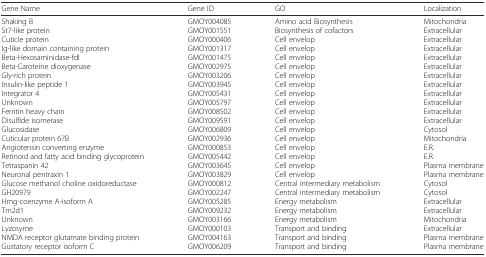
<table><thead><tr><td><b>Gene Name</b></td><td><b>Gene ID</b></td><td><b>GO</b></td><td><b>Localization</b></td></tr></thead><tbody><tr><td>Shaking BSt7-like proteinCuticle proteinIg-like domain containing proteinBeta-Hexosaminidase-fdIBeta-Caroteine dioxygenaseGly-rich proteinInsulin-like peptide 1Integrator 4UnknownFerritin heavy chainDisulfide isomeraseGlucosidaseCuticular protein 67BAngiotensin converting enzymeRetinoid and fatty acid binding glycoproteinTetraspanin 42Neuronal pentraxin 1Glucose methanol choline oxidoreductaseGH20979Hmg-coenzyme A-isoform ATm2d1UnknownLyzosymeNMDA receptor glutamate binding proteinGustatory receptor isoform C</td><td>GMOY004085GMOY001551GMOY000406GMOY001317GMOY001475GMOY002975GMOY003206GMOY003945GMOY005431GMOY005797GMOY008502GMOY009591GMOY006809GMOY002936GMOY000853GMOY005442GMOY003645GMOY003829GMOY000812GMOY002247GMOY005285GMOY009232GMOY003166GMOY000103GMOY004163GMOY006209</td><td>Amino acid BiosynthesisBiosynthesis of cofactorsCell envelopCell envelopCell envelopCell envelopCell envelopCell envelopCell envelopCell envelopCell envelopCell envelopCell envelopCell envelopCell envelopCell envelopCell envelopCell envelopCentral intermediary metabolismCentral intermediary metabolismEnergy metabolismEnergy metabolismEnergy metabolismTransport and bindingTransport and bindingTransport and binding</td><td>MitochondriaExtracellularExtracellularExtracellularExtracellularExtracellularExtracellularExtracellularExtracellularExtracellularExtracellularExtracellularCytosolMitochondriaE.R.E.R.Plasma membranePlasma membraneCytosolCytosolExtracellularExtracellularMitochondriaExtracellularPlasma membranePlasma membrane</td></tr></tbody></table>